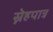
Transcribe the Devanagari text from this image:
स्नेहपात्र